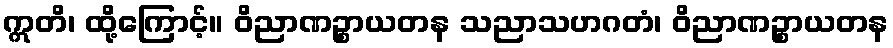
ဣတိ၊ ထို့ကြောင့်။ ဝိညာဏဉ္စာယတန သညာသဟဂတံ၊ ဝိညာဏဉ္စာယတန